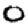
Digit: 0